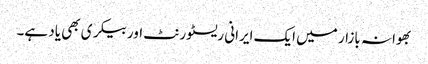
بھوانہ بازار میں ایک ایرانی ریسٹورنٹ اور بیکری بھی یاد ہے۔